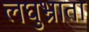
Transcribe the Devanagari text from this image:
लघुभ्राता